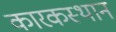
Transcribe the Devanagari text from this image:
कारकस्थान